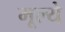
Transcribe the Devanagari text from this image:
मूल्‍ये